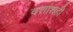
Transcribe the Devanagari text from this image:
दशांशही